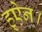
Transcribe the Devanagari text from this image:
ह्ऐन।